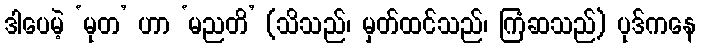
ဒါပေမဲ့ ‘မုတ’ ဟာ ‘မညတိ’ (သိသည်၊ မှတ်ထင်သည်၊ ကြံဆသည်) ပုဒ်ကနေ